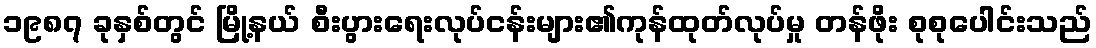
၁၉၈၇ ခုနှစ်တွင် မြို့နယ် စီးပွားရေးလုပ်ငန်းများ၏ကုန်ထုတ်လုပ်မှု တန်ဖိုး စုစုပေါင်းသည်